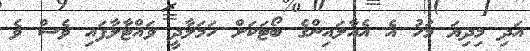
އަދި މިދިޔަ މަހު އެ އެއާލައިންގެ ބޯޓަކަށް ހަމަލާދީ ވައްޓާލާފައި ވެސް ވެ